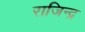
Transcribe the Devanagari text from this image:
राजिन्द्र